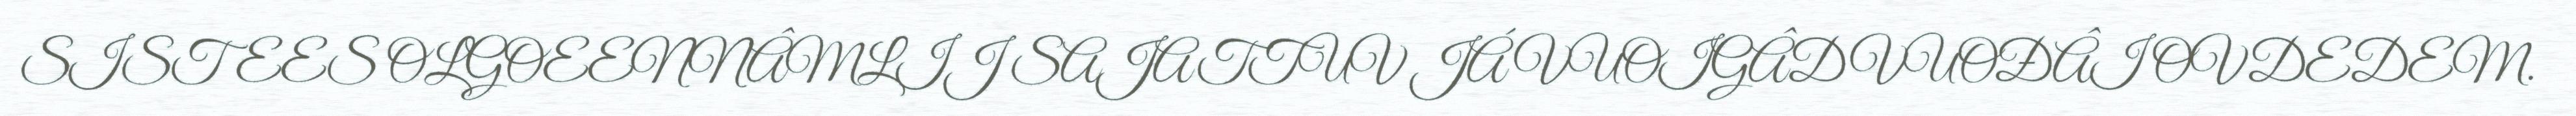
SISTEES OLGOEENNÂMLIJ SAJATTUV JÁ VUOIGÂDVUOĐÂI OVDEDEM.